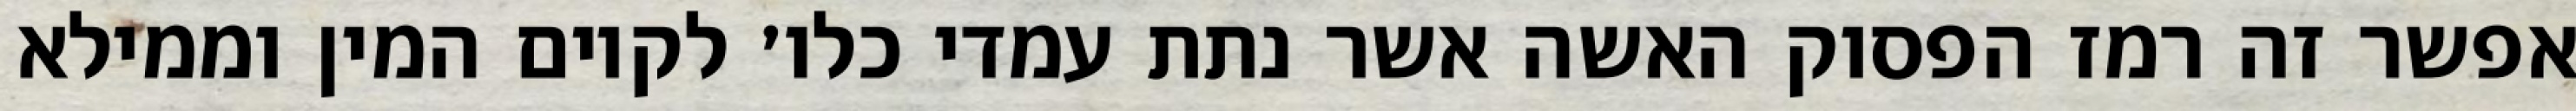
אפשר זה רמז הפסוק האשה אשר נתת עמדי כלו׳ לקיום המין וממילא